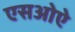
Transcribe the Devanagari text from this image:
एसओऐ